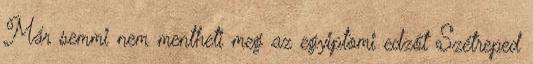
Már semmi nem mentheti meg az egyiptomi edzőt Szétreped